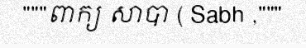
"""ពាក្យ សាបា ( Sabh ,"""